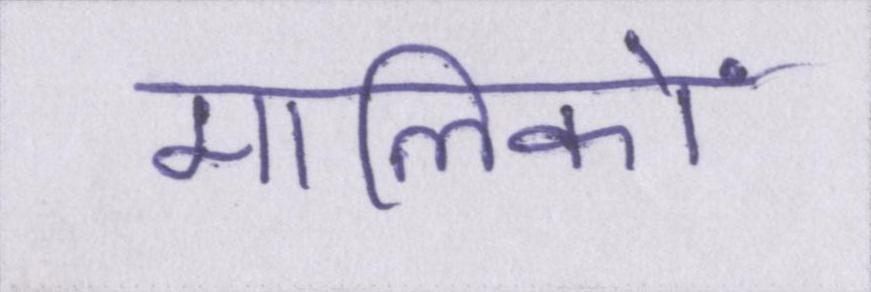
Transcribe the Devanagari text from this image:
मालिकों